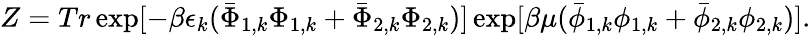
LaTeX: Z=Tr\exp[-\beta\epsilon_{k}(\bar{\Phi}_{1,k}\Phi_{1,k}+\bar{\Phi}_{2,k}\Phi_{2,k})]\exp[\beta\mu(\bar{\phi}_{1,k}\phi_{1,k}+\bar{\phi}_{2,k}\phi_{2,k})].